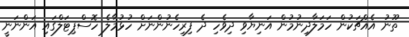
ތޫނު އެއްޗަކުން ހަމަލާދިނުމުން އަނިޔާވި ދިވެހި ދެ ފިރިހެނުންނަށް ހުޅުމާލެ ހޮސްޕިޓަލްގައި އަންނަނީ